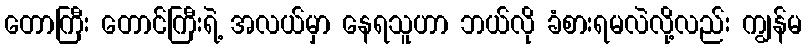
တောကြီး တောင်ကြီးရဲ့ အလယ်မှာ နေရသူဟာ ဘယ်လို ခံစားရမလဲလို့လည်း ကျွန်မ